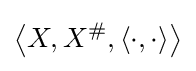
\left\langle X,X^{\#},\left\langle \cdot ,\cdot \right\rangle \right\rangle